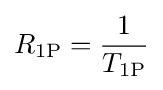
R_{1{\ce {P}}}={\frac {1}{T_{1{\ce {P}}}}}